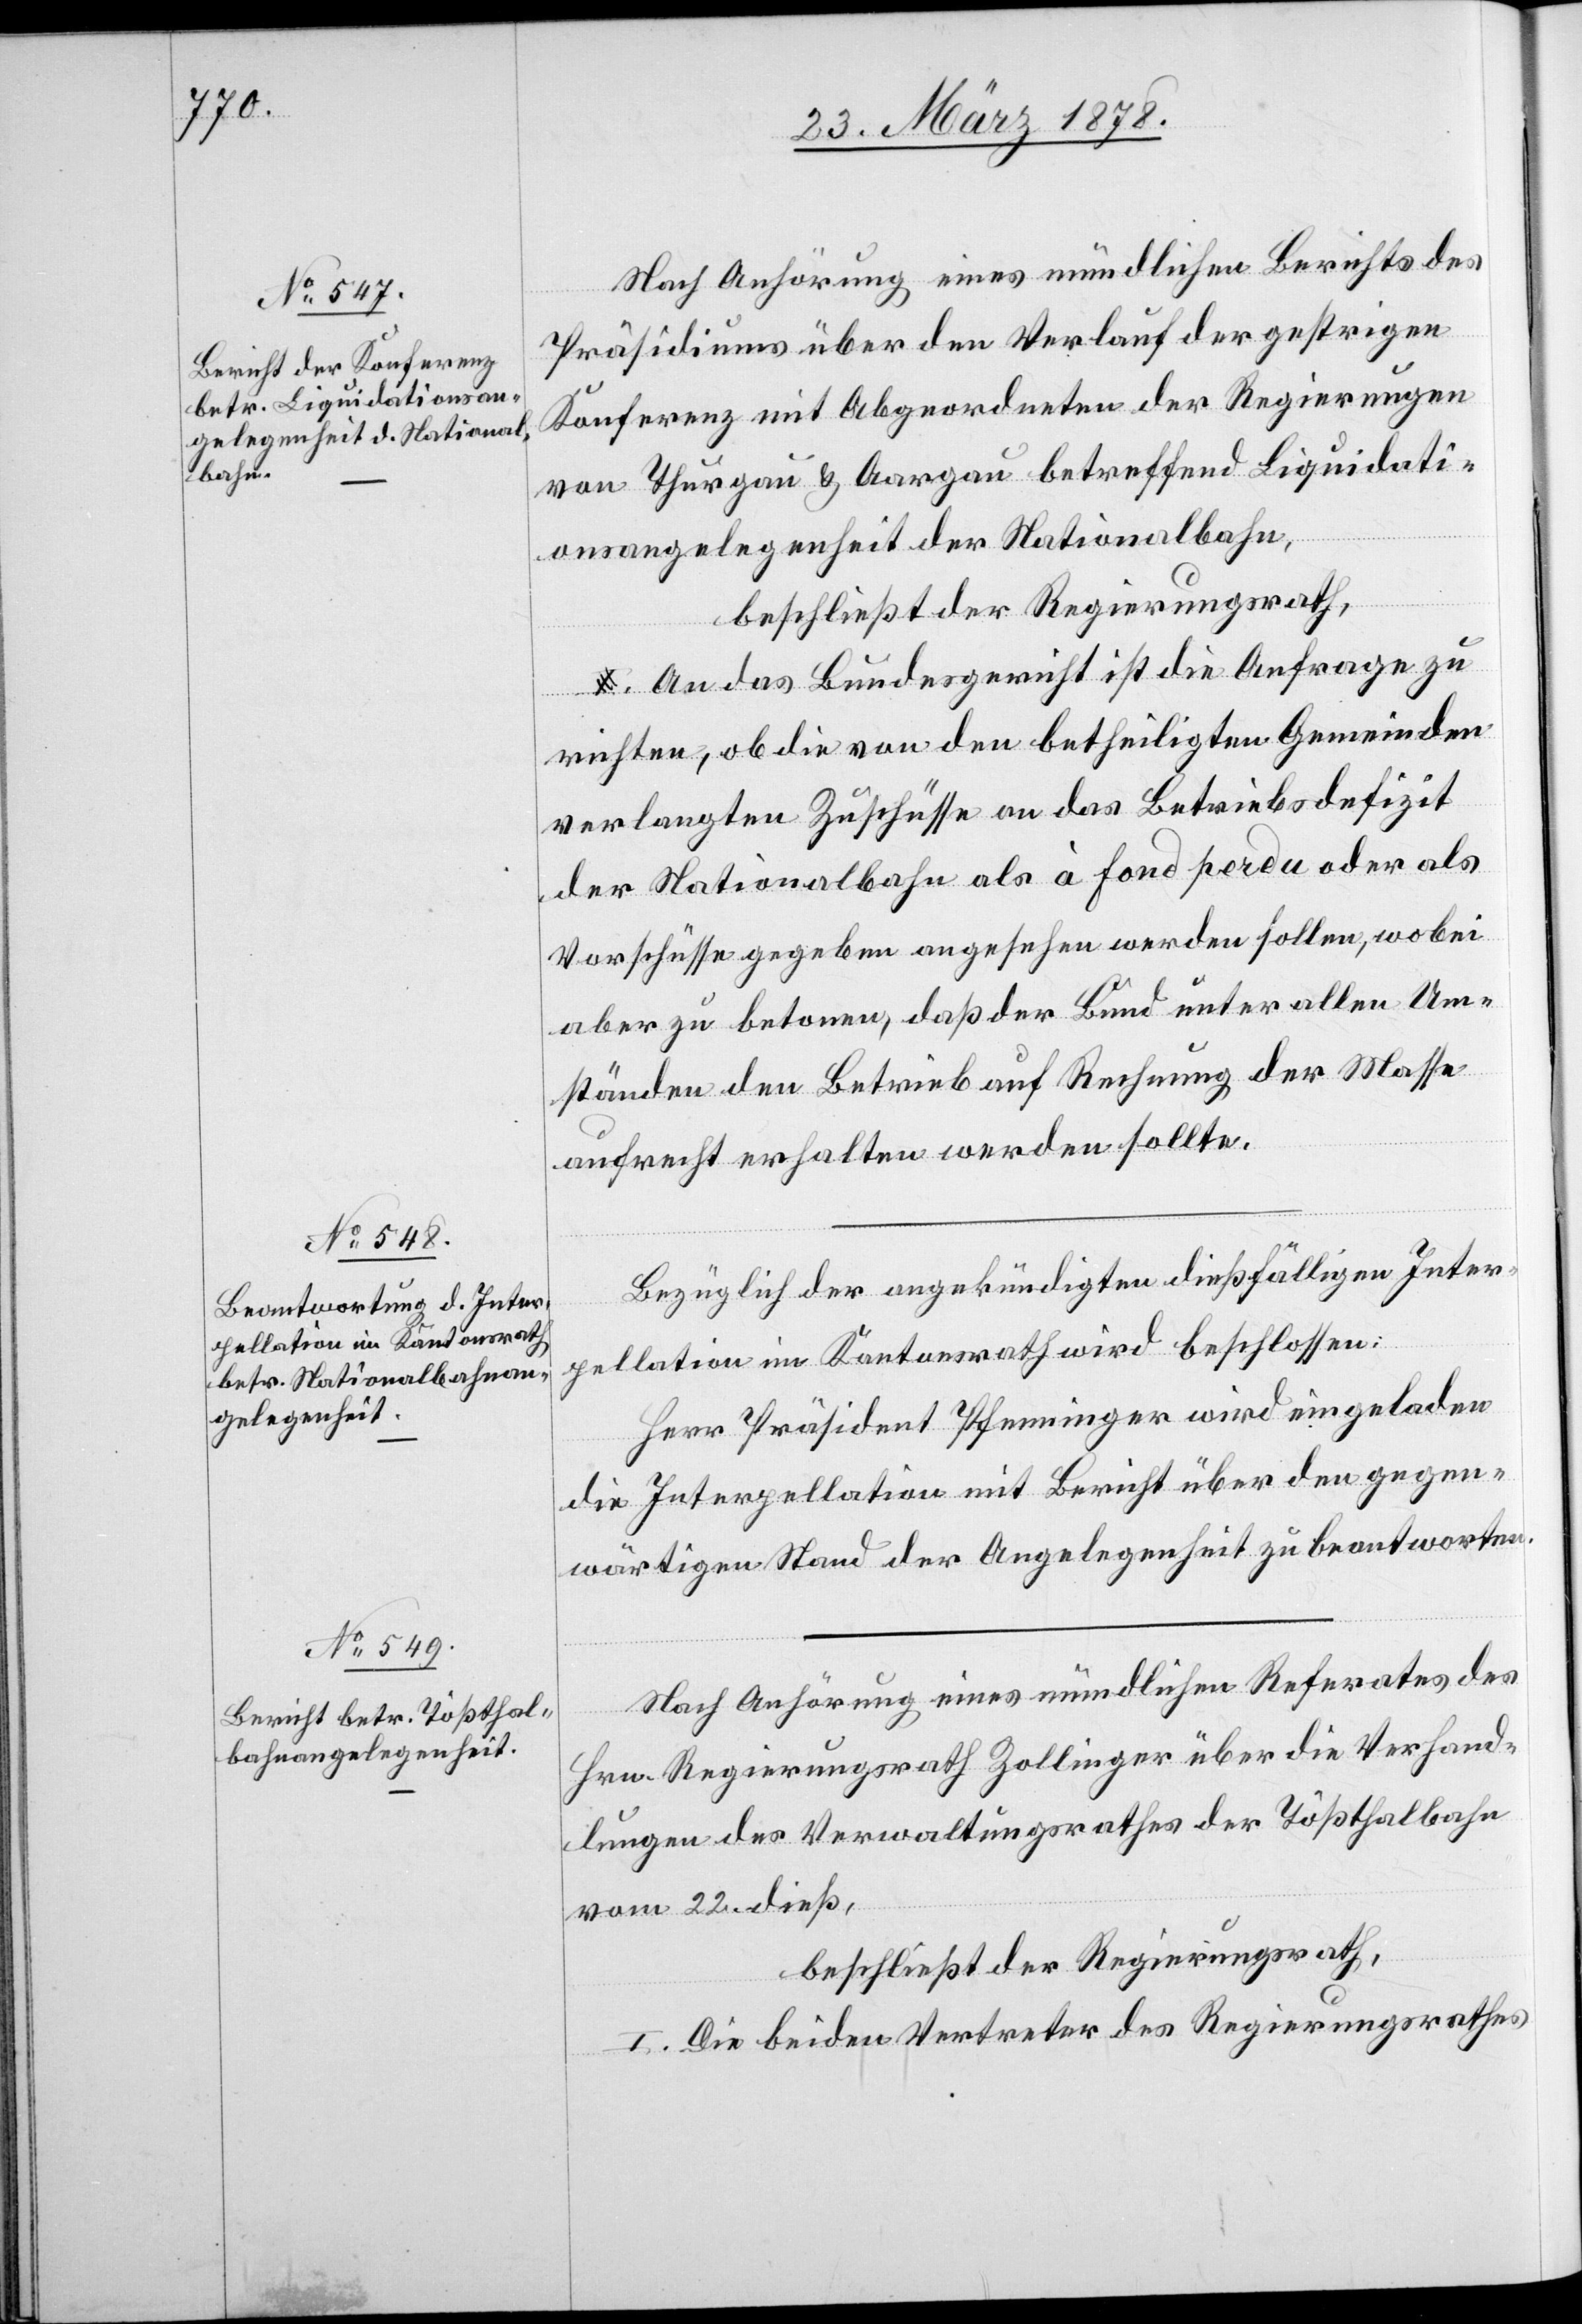
Nach Anhörung eines mündlichen Berichts des
Präsidiums über den Verlauf der gestrigen
Konferenz mit Abgeordneten der Regierungen
von Thurgau & Aargau betreffend Liquidati¬
onsangelegenheit der Nationalbahn,
beschließt der Regierungsrath,
An das Bundesgericht ist die Anfrage zu
richten, ob die von den betheiligten Gemeinden
verlangten Zuschüsse an das Betriebsdefizit
der Nationalbahn als à fond perdu oder als
Vorschüsse gegeben angesehen werden sollen, wobei
aber zu betonen, daß der Bund unter allen Um¬
ständen den Betrieb auf Rechnung der Masse
aufrecht erhalten werden sollte.
Bezüglich der angekündigten dießfälligen Inter¬
pellation im Kantonsrath wird beschlossen:
Herr Präsident Pfenninger wird eingeladen
die Interpellation mit Bericht über den gegen¬
wärtigen Stand der Angelegenheit zu beantworten.
Nach Anhörung eines mündlichen Referates des
Hrn. Regierungsrath Zollinger über die Verhand¬
lungen des Verwaltungsrathes der Tößthalbahn
vom 22. dieß,
beschließt der Regierungsrath,
I. Die beiden Vertreter des Regierungsrathes